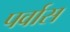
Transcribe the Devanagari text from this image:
पर्वास